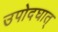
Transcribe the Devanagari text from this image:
उपोदघात्‌